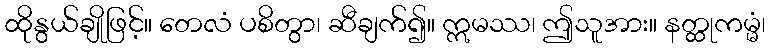
ထိုနွယ်ချိုဖြင့်။ တေလံ ပစိတွာ၊ ဆီချက်၍။ ဣမဿ၊ ဤသူအား။ နတ္ထုကမ္မံ၊